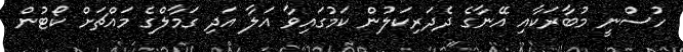
ހުސްނީ މުބާރަކާއި އޭނާގެ ދެދަރިކަލުން ކަމުގައިވާ އަލާ އަދި ގަމާލްގެ މައްޗަށް ކޯޓުން